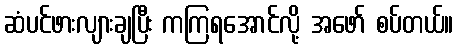
ဆံပင်ဖားလျားချပြီး ကကြရအောင်လို့ အဖော် စပ်တယ်။